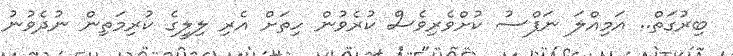
ބިރުގަތް.. އަމިއްލަ ނަފްސު ކުށްވެރިވެސް ކުރެވުން ހިތަށް އެރި ލިލީގެ ކުރިމަތިން ނުދެވުުނު